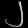
Digit: ၂